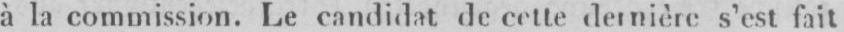
à la commission. Le candidat de cette dernière s’est fait